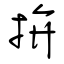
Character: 拚